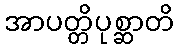
အာပတ္တိပုစ္ဆာတိ